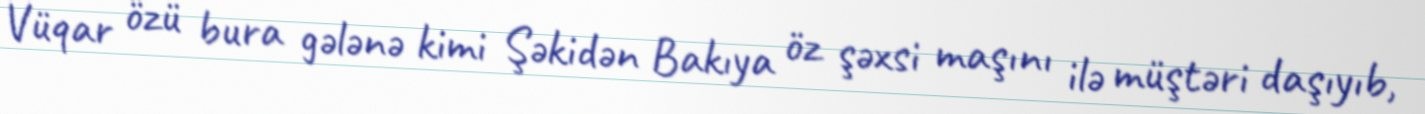
Vüqar özü bura gələnə kimi Şəkidən Bakıya öz şəxsi maşını ilə müştəri daşıyıb,